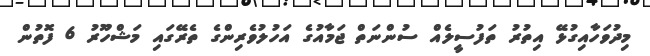
މިދުވަހާއިގުޅޭ އިތުރު ތަފުސީލެއް ސުންނަތް ޖަމާއުގެ އަހުލުވެރިންގެ ތެރޭގައި މަޝްހޫރު 6 ފޮތުން